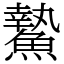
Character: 䲀